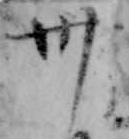
卅